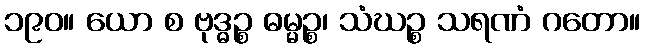
၁၉၀။ ယော စ ဗုဒ္ဓဉ္စ ဓမ္မဉ္စ၊ သံဃဉ္စ သရဏံ ဂတော။